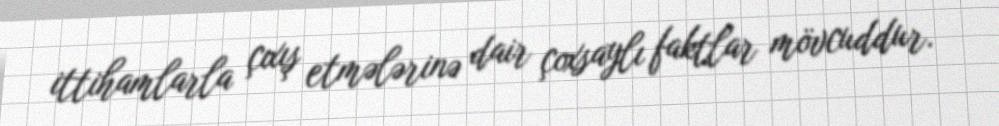
ittihamlarla çıxış etmələrinə dair çoxsaylı faktlar mövcuddur.